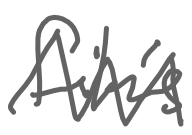
Text: film's
Cross-out: zig-zag
Writing tool: digital_gray